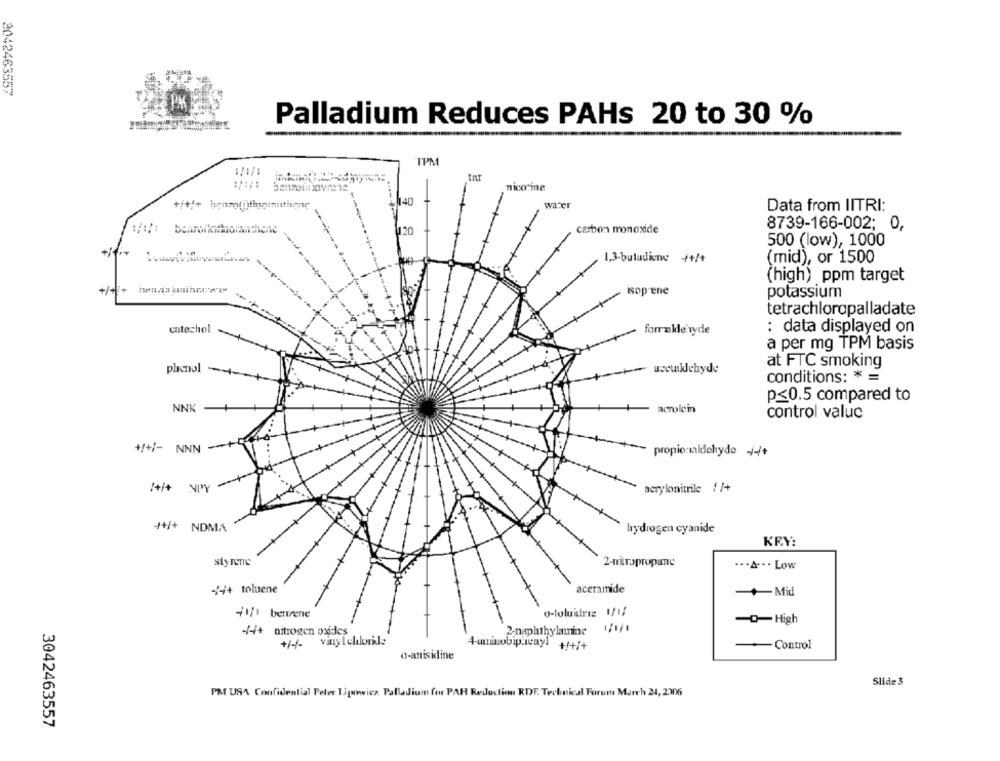
3042463557
PM
Palladium Reduces PAHs 20 to 30 %
IPM
1/1/1
nico ine
1140
water
Data from IITRI:
120
carbon monoxide
8739-166-002; 0,
500 (low), 1000
1,3-butudine ++/+
(mid), or 1500
(high) ppm target
+/++
sop-ene
potassium
tetrachloropalladate
catechol
: data displayed on
forrakle ryde
a per mg TPM basis
at FTC smoking
planul --
accuklehyde
conditions: * =
p<0.5 compared to
NNK
acmolein
control valuc
++/- NNN -
propiosaldehyde /4+
/+/+ NPY
acrylonitrile //+
+++/+ NDMA
hydrogen cyanide
KRY:
2-nitropropane
... A ··· Low
74+ toluene
aceramide
+Mid
41/1 berrene
o-toluidriz 1/1;
-0-High
-/4+ nitrogen oxides
2-naphthylamine
+/-/-
vinyl chloride
+ummobiplay! +/+7+
-Control
o-aniskline
Slide 3
PM USA Confidential Peter Tipowicz Palladium for PAR Redaction RDF. Technical Forum March 24, 2306
3042463557